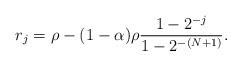
LaTeX: \begin{align*}r_j = \rho - (1-\alpha)\rho\frac{1-2^{-j}}{1-2^{-(N+1)}}.\end{align*}